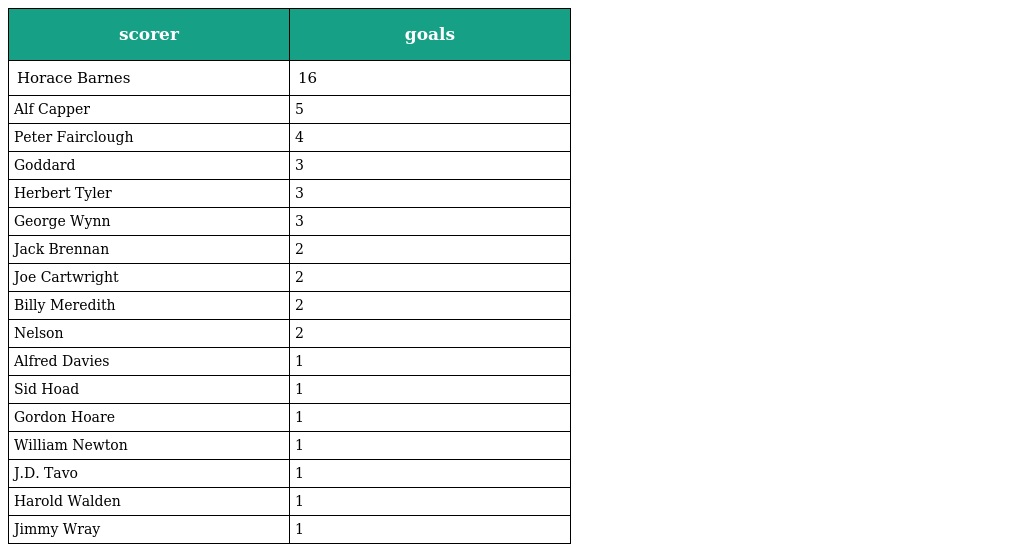
| scorer | goals |
 | --- | --- |
 | Horace Barnes | 16 |
 | Alf Capper | 5 |
 | Peter Fairclough | 4 |
 | Goddard | 3 |
 | Herbert Tyler | 3 |
 | George Wynn | 3 |
 | Jack Brennan | 2 |
 | Joe Cartwright | 2 |
 | Billy Meredith | 2 |
 | Nelson | 2 |
 | Alfred Davies | 1 |
 | Sid Hoad | 1 |
 | Gordon Hoare | 1 |
 | William Newton | 1 |
 | J.D. Tavo | 1 |
 | Harold Walden | 1 |
 | Jimmy Wray | 1 |